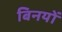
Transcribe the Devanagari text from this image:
बिनयों